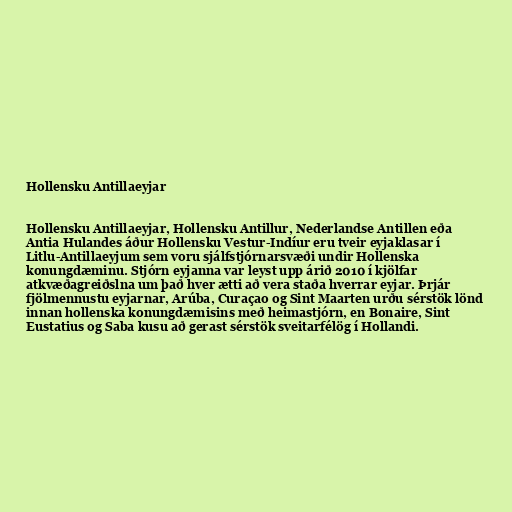
Hollensku Antillaeyjar

Hollensku Antillaeyjar, Hollensku Antillur, Nederlandse Antillen eða
Antia Hulandes áður Hollensku Vestur-Indíur eru tveir eyjaklasar í
Litlu-Antillaeyjum sem voru sjálfstjórnarsvæði undir Hollenska
konungdæminu. Stjórn eyjanna var leyst upp árið 2010 í kjölfar
atkvæðagreiðslna um það hver ætti að vera staða hverrar eyjar. Þrjár
fjölmennustu eyjarnar, Arúba, Curaçao og Sint Maarten urðu sérstök lönd
innan hollenska konungdæmisins með heimastjórn, en Bonaire, Sint
Eustatius og Saba kusu að gerast sérstök sveitarfélög í Hollandi.